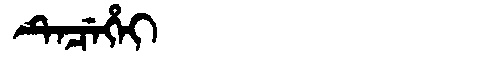
Manchu: ᡨᡝᠴᡝᡥᡝᡳ
Romanization: TECEHEI